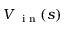
V _ { \mathrm { ~ \scriptsize ~ i ~ n ~ } } ( s )